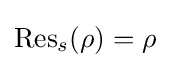
{\text{Res}}_{s}(\rho )=\rho